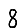
Digit: 8